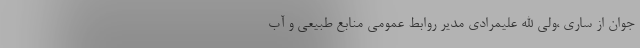
جوان از ساری ،ولی الله علیمرادی مدیر روابط عمومی منابع طبیعی و آب